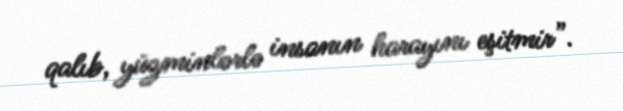
qalıb, yüzminlərlə insanın harayını eşitmir”.